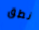
نطق